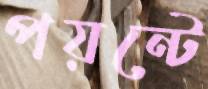
পয়ন্টে